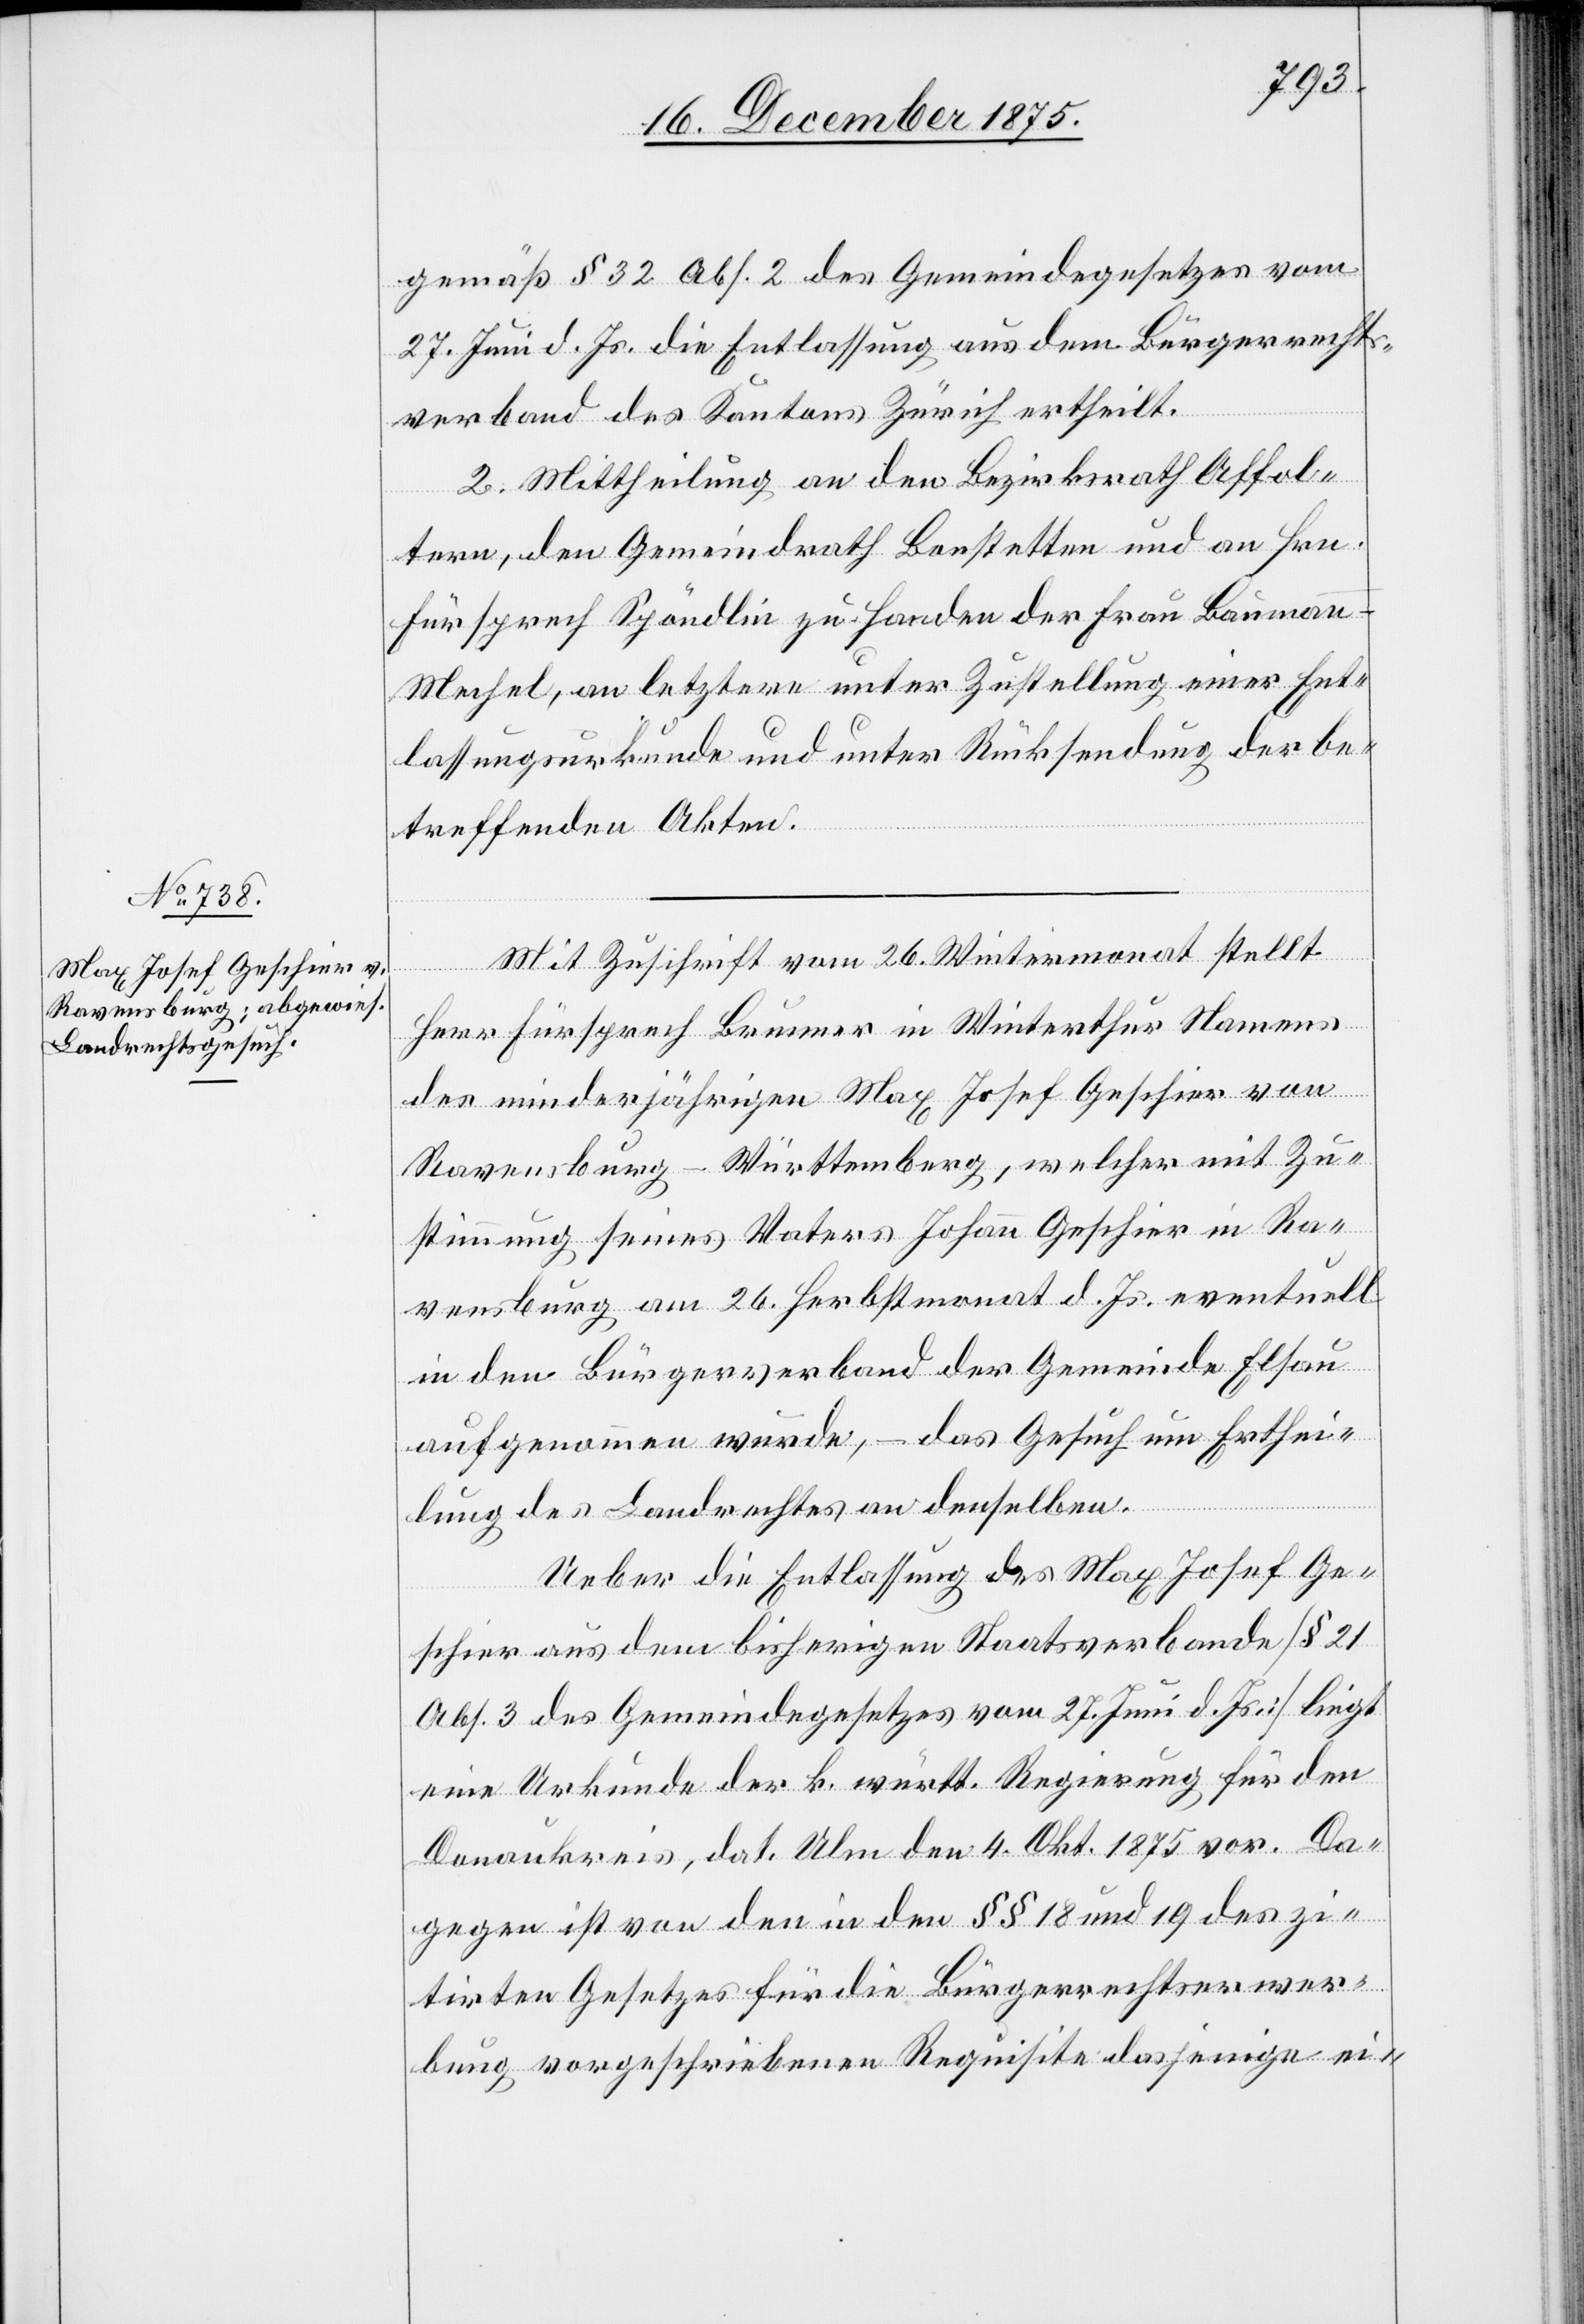
gemäß § 32 Abs. 2 des Gemeindegesetzes vom
27. Juni d. Js. die Entlassung aus dem Bürgerrechts¬
verband des Kantons Zürich ertheilt.
2. Mittheilung an den Bezirksrath und an
Fürsprech Spöndlin zu Handen der Frau Bauman¬
n-Mechel, an letztere unter Zustellung einer Ent¬
lassungsurkunde und unter Rücksendung der be¬
treffenden Akten.
Mit Zuschrift vom 26. Wintermonat stellt
Herr Fürsprech Brunner in Winterthur Namens
des minderjährigen Max Josef Geschier von
Ravensburg - Württemberg, welcher mit Zu¬
stimmung seines Vaters Johann Geschier von Ra¬
vensburg am 26. Herbstmonat d. Js. eventuell
in den Bürgerverband der Gemeinde Elsau
aufgenommen wurde, – das Gesuch um Erthei¬
lung des Landrechtes an denselben.
Ueber die Entlassung des Max Josef Ge¬
schier aus dem bisherigen Staatsverbande [§ 21
Abs. 3 des Gemeindegesetzes vom 27. Juni d. Js.] liegt
eine Urkunde der k. württ. Regierung für den
Donaukreis, dat. Ulm den 4. Okt. 1875 vor. Da¬
gegen ist von den in den §§ 18 und 19 des zi¬
tirten Gesetzes für die Bürgerrechtserwer¬
bung vorgeschriebenen Requisite dasjenige ei-